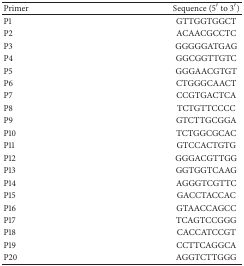
<table><thead><tr><td><b>Primer</b></td><td><b>Sequence (5′ to 3′)</b></td></tr></thead><tbody><tr><td>P1</td><td>GTTGGTGGCT</td></tr><tr><td>P2</td><td>ACAACGCCTC</td></tr><tr><td>P3</td><td>GGGGGATGAG</td></tr><tr><td>P4</td><td>GGCGGTTGTC</td></tr><tr><td>P5</td><td>GGGAACGTGT</td></tr><tr><td>P6</td><td>CTGGGCAACT</td></tr><tr><td>P7</td><td>CCGTGACTCA</td></tr><tr><td>P8</td><td>TCTGTTCCCC</td></tr><tr><td>P9</td><td>GTCTTGCGGA</td></tr><tr><td>P10</td><td>TCTGGCGCAC</td></tr><tr><td>P11</td><td>GTCCACTGTG</td></tr><tr><td>P12</td><td>GGGACGTTGG</td></tr><tr><td>P13</td><td>GGTGGTCAAG</td></tr><tr><td>P14</td><td>AGGGTCGTTC</td></tr><tr><td>P15</td><td>GACCTACCAC</td></tr><tr><td>P16</td><td>GTAACCAGCC</td></tr><tr><td>P17</td><td>TCAGTCCGGG</td></tr><tr><td>P18</td><td>CACCATCCGT</td></tr><tr><td>P19</td><td>CCTTCAGGCA</td></tr><tr><td>P20</td><td>AGGTCTTGGG</td></tr></tbody></table>